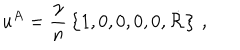
u ^ { A } = { \frac { \gamma } { n } } \left\{ 1 , 0 , 0 , 0 , 0 , \dot { \cal R } \right\} \, ,